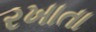
રખાતા